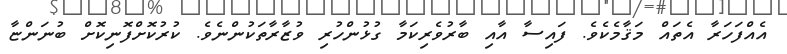
އެއްފަހަރާ އެތައް މަޤާމެކެވެ. ފައިސާ އާއި ބާރުވެރިކަމާ ގުޅުންހުރި ވުޒާރާތަކުންނެވެ. ކުރުކޮށްފޮނިކޮށް ބުނަންޏާ